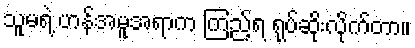
သူမရဲ့ ဟန်အမူအရာက ကြည့်ရ ရုပ်ဆိုးလိုက်တာ။